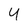
Character: U